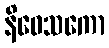
နိဝေသကော